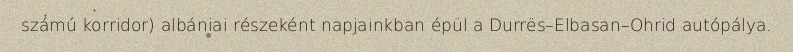
számú korridor) albániai részeként napjainkban épül a Durrës–Elbasan–Ohrid autópálya.